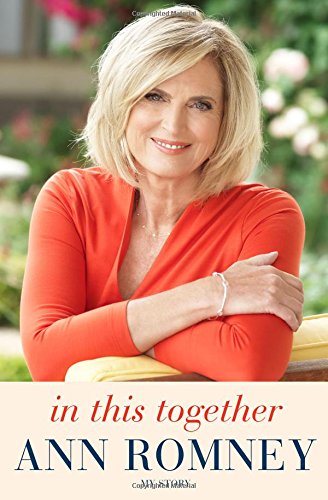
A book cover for In This Together: My Story; Ann Romney; Biographies & Memoirs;